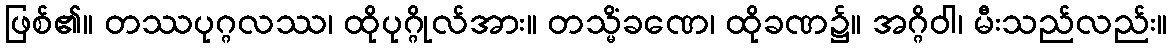
ဖြစ်၏။ တဿပုဂ္ဂလဿ၊ ထိုပုဂ္ဂိုလ်အား။ တသ္မိံခဏေ၊ ထိုခဏ၌။ အဂ္ဂိဝါ၊ မီးသည်လည်း။